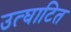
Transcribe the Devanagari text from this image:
उत्घाटित